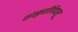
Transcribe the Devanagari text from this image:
संस्कृतीपिपासू